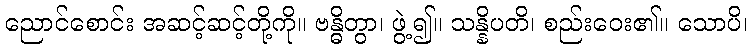
ညောင်စောင်း အဆင့်ဆင့်တို့ကို။ ဗန္ဓိတွာ၊ ဖွဲ့၍။ သန္နိပတိ၊ စည်းဝေး၏။ သောပိ၊